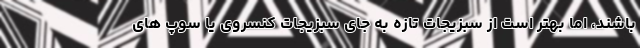
باشند، اما بهتر است از سبزیجات تازه به جای سبزیجات کنسروی یا سوپ های